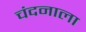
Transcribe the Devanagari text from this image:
चंदनाला